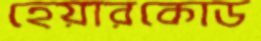
হেয়ারকোড